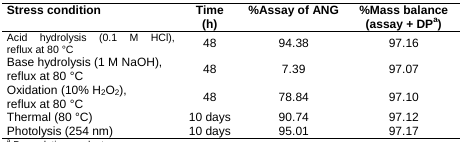
| Stress condition | Time (h) | %Assay of ANG | %Mass balance (assay + DPa) |
 | --- | --- | --- | --- |
 | Acid hydrolysis (0.1 M HCl), reflux at 80 °C | 48 | 94.38 | 97.16 |
 | Base hydrolysis (1 M NaOH), reflux at 80 °C | 48 | 7.39 | 97.07 |
 | Oxidation (10% H2O2), reflux at 80 °C | 48 | 78.84 | 97.10 |
 | Thermal (80 °C) | 10 days | 90.74 | 97.12 |
 | Photolysis (254 nm) | 10 days | 95.01 | 97.17 |